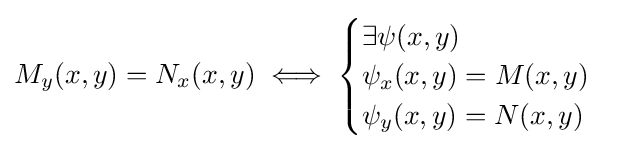
M_{y}(x,y)=N_{x}(x,y)\iff {\begin{cases}\exists \psi (x,y)\\\psi _{x}(x,y)=M(x,y)\\\psi _{y}(x,y)=N(x,y)\end{cases}}